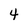
Character: 4